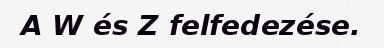
A W és Z felfedezése.